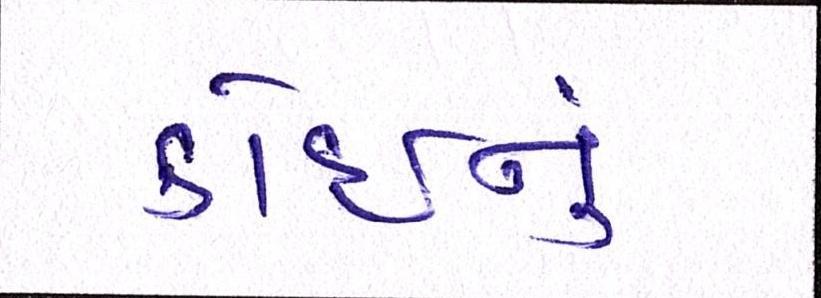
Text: કોઈનું